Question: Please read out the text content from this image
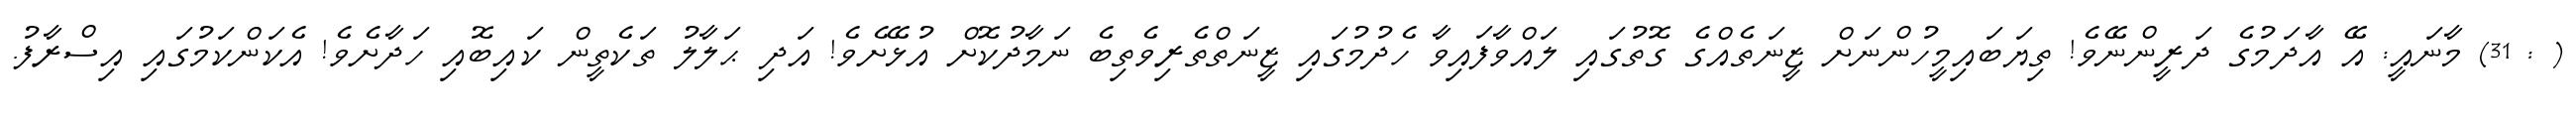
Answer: ( : 31) މާނައީ: އޭ އާދަމުގެ ދަރީންނޭވެ! ތިޔަބައިމީހުންނަށް ޒީނަތެއްގެ ގޮތުގައި ލައްވާފައިވާ ހެދުމުގައި ޒީނަތްތެރިވެތިބެ ނަމާދުކޮށް އުޅޭށެވެ! އަދި ޙަލާލު ތަކެތީން ކައިބޮއި ހަދާށެވެ! އެކަންކަމުގައި އިސްރާފު.